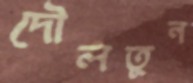
দৌলতুন